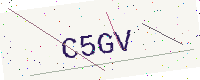
Text: C5GV